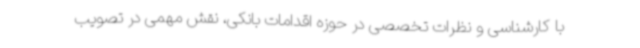
با کارشناسی و نظرات تخصصی در حوزه اقدامات بانکی، نقش مهمی در تصویب